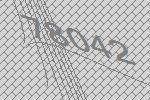
78042